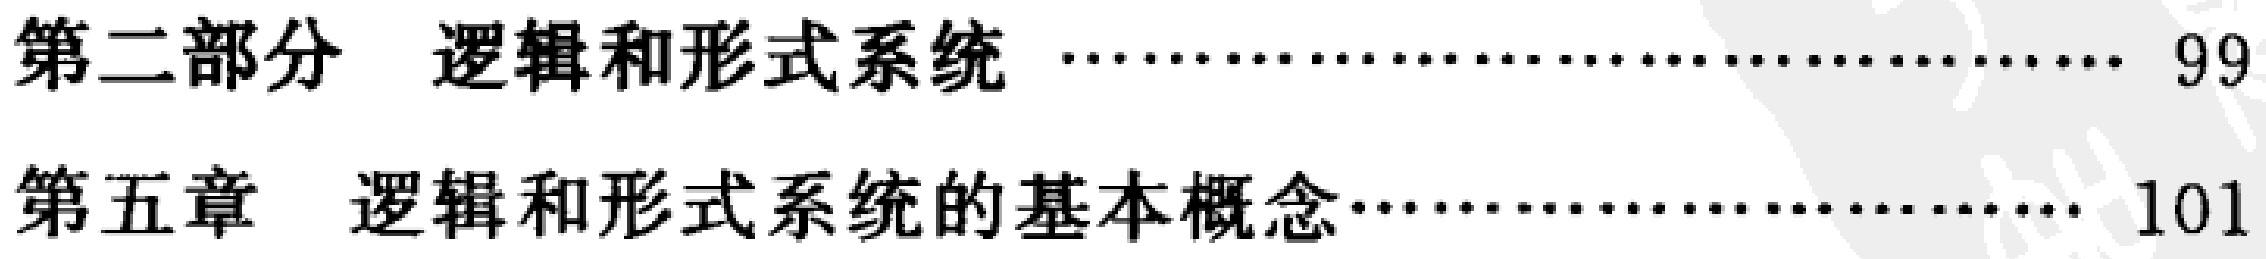
第二部分  逻辑和形式系统  …………………………………… 99

第五章  逻辑和形式系统的基本概念………………………… 101